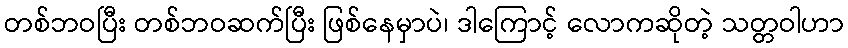
တစ်ဘဝပြီး တစ်ဘဝဆက်ပြီး ဖြစ်နေမှာပဲ၊ ဒါကြောင့် လောကဆိုတဲ့ သတ္တဝါဟာ